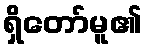
ရှိတော်မူ၏